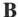
B